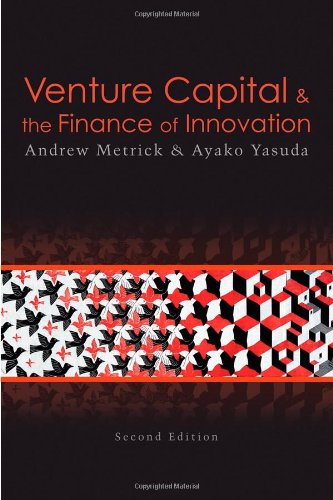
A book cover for Venture Capital and the Finance of Innovation, 2nd Edition; Andrew Metrick; Business & Money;